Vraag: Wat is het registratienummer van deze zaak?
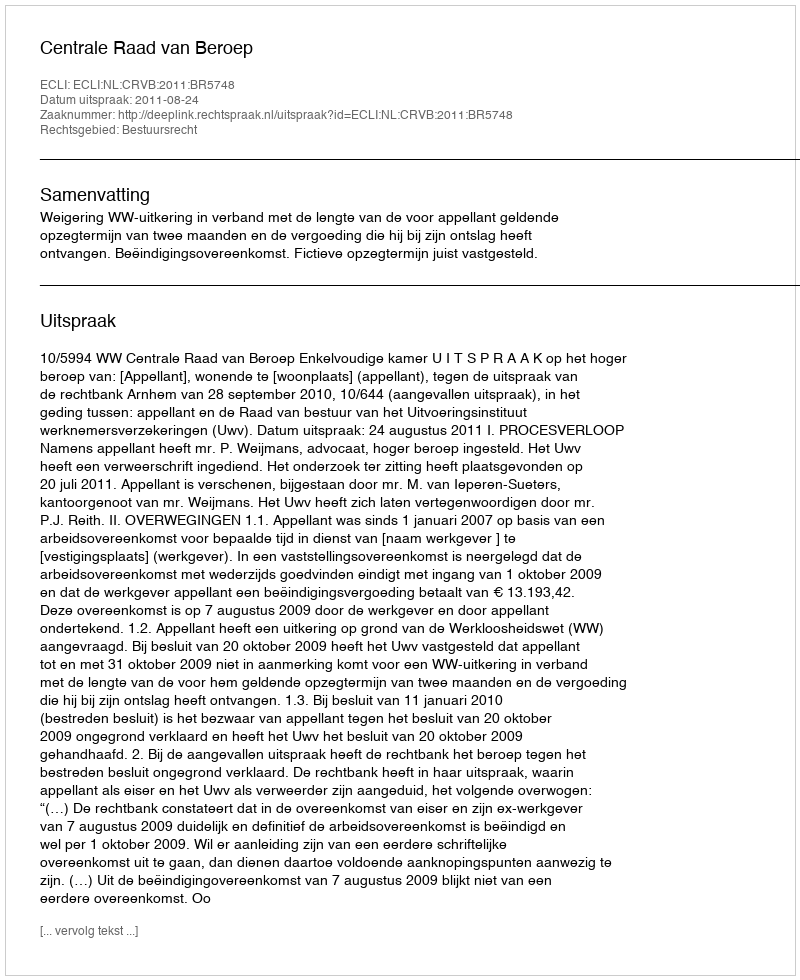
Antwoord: http://deeplink.rechtspraak.nl/uitspraak?id=ECLI:NL:CRVB:2011:BR5748